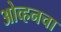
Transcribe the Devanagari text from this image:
ओव्हनचा